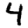
Digit: 4